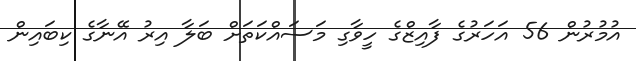
އުމުރުން 56 އަހަރުގެ ފާއިޒްގެ ހީވާގި މަސައްކަތަށް ބަލާ އިރު އޭނާގެ ކިބައިން